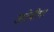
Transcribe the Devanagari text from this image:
अरेबीया